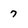
Character: 7